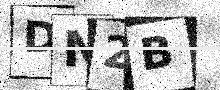
Text: DN2B